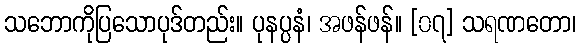
သဘောကိုပြသောပုဒ်တည်း။ ပုနပ္ပနံ၊ အဖန်ဖန်။ [၀၇] သရဏတော၊